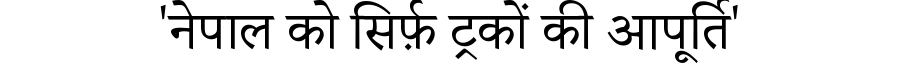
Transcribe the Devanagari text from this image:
'नेपाल को सिर्फ़ ट्रकों की आपूर्ति'